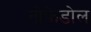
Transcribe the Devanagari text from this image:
नोफेडोल